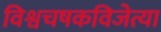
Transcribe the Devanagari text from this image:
विश्वचषकविजेत्या